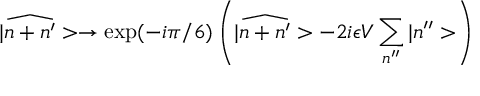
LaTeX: | \widehat { n + n ^ { \prime } } > \rightarrow \mathrm { e x p } ( - i \pi / 6 ) \left( | \widehat { n + n ^ { \prime } } > - 2 i \epsilon V \sum _ { n ^ { \prime \prime } } | n ^ { \prime \prime } > \right)